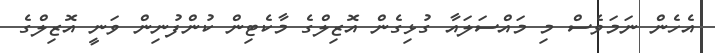
އެހެން ނަމަވެސް މި މައްސަލައާ ގުޅިގެން އޮޒިލްގެ މާކެޓިން ކުންފުނިން ވަނީ އޮޒިލްގެ